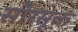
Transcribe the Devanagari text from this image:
सौरसूक्त